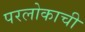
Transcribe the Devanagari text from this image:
परलोकाची